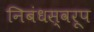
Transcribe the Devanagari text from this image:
निबंधस्वरूप